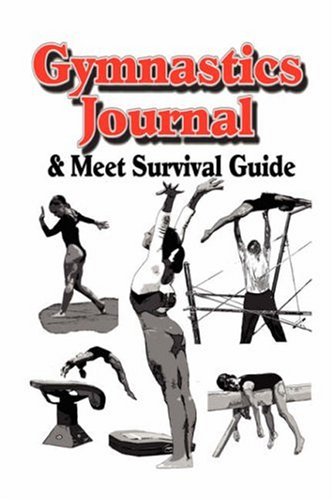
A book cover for Gymnastics Journal & Meet Survival Guide; Rik Feeney; Children's Books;